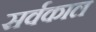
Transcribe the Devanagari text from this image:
सर्वकाल